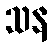
သန